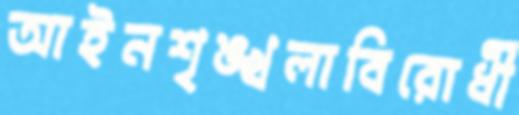
আইনশৃঙ্খলাবিরোধী